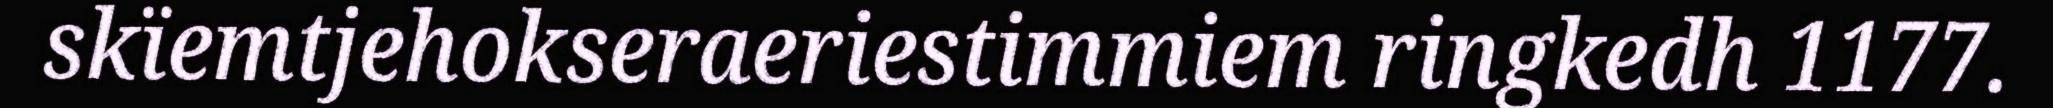
skïemtjehokseraeriestimmiem ringkedh 1177.